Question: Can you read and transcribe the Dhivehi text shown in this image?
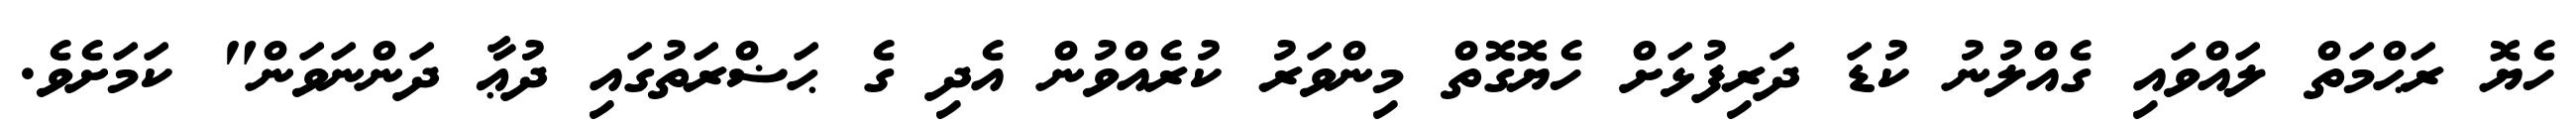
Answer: ހެޔޮ ރަޙްމަތް ލައްވައި ގެއްލުނު ކުޑަ ދަރިފުޅަށް ހެޔޮގޮތް މިންވަރު ކުރެއްވުން އެދި ގެ ޙަޟްރަތުގައި ދުޢާ ދަންނަވަން" ކަމަށެވެ.